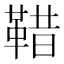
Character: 𩊿